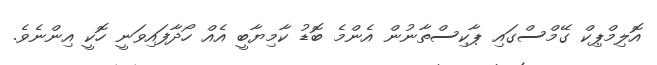
އޮލިމްޕިކް ގޭމްސްގައި ޕާކިސްތާނުން އެންމެ ބޮޑު ކާމިޔާބީ އެއް ހޯދާފައިވަނީ ހޮކީ އިންނެވެ.